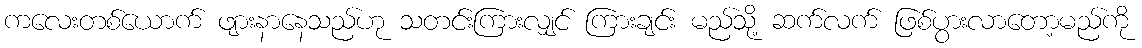
ကလေးတစ်ယောက် ဖျားနာနေသည်ဟု သတင်းကြားလျှင် ကြားချင်း မည်သို့ ဆက်လက် ဖြစ်ပွားလာတော့မည်ကို